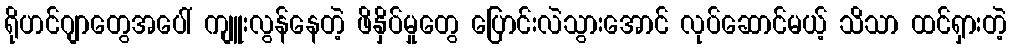
ရိုဟင်ဂျာတွေအပေါ် ကျူးလွန်နေတဲ့ ဖိနှိပ်မှုတွေ ပြောင်းလဲသွားအောင် လုပ်ဆောင်မယ့် သိသာ ထင်ရှားတဲ့